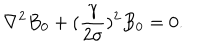
\nabla ^ { 2 } B _ { 0 } + ( { \frac { \gamma } { 2 \sigma } } ) ^ { 2 } B _ { 0 } = 0 .